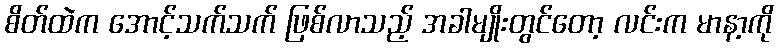
စိတ်ထဲက အောင့်သက်သက် ဖြစ်လာသည့် အခါမျိုးတွင်တော့ လင်းက မာနာ့ကို